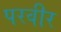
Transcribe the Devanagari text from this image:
परवीर